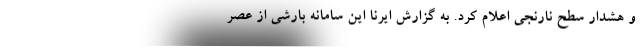
و هشدار سطح نارنجی اعلام کرد. به گزارش ایرنا این سامانه بارشی از عصر